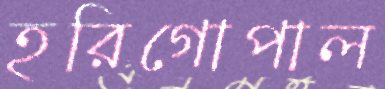
হরিগোপাল